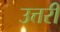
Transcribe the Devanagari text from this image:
उत्तरीं